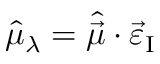
\hat { \mu } _ { \lambda } = \hat { \vec { \mu } } \cdot \vec { \varepsilon } _ { \mathrm { I } }